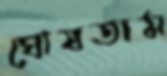
ঘোষতাম